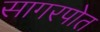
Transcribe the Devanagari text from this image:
सागरपोत